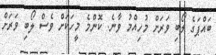
ބައްޕަގެ ލޯބި ވަރަށް މުހިއްމު ވާނެ. ކޮންމެ މީހަކަށް ވެސް ލޯބި ވަރަށް